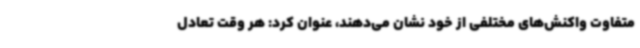
متفاوت واکنش‌های مختلفی از خود نشان می‌دهند، عنوان کرد: هر وقت تعادل